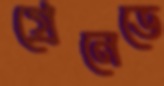
গ্রেনেডে